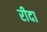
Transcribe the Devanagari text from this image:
रीदा